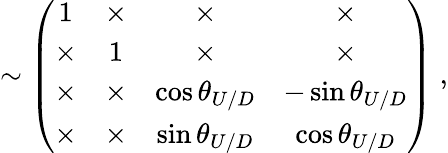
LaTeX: \sim\left(\begin{array}{cccc}{{1}}&{{\times}}&{{\times}}&{{\times}}\\ {{\times}}&{{1}}&{{\times}}&{{\times}}\\ {{\times}}&{{\times}}&{{\cos\theta_{U/D}}}&{{-\sin\theta_{U/D}}}\\ {{\times}}&{{\times}}&{{\sin\theta_{U/D}}}&{{\cos\theta_{U/D}}}\end{array}\right)\; ,